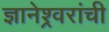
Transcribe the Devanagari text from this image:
ज्ञानेश्र्वरांची